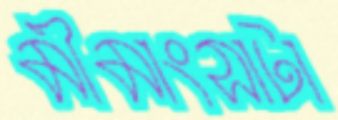
মীমাংসাটা